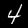
Digit: 4